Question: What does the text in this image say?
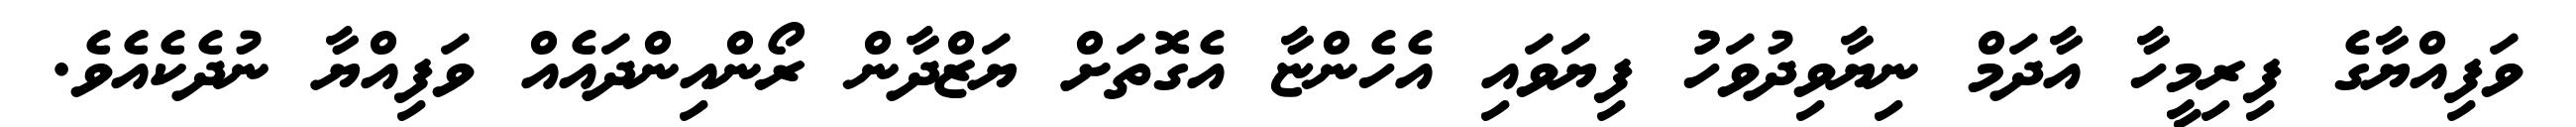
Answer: ވަފިއްޔާގެ ފިރިމީހާ އާދަމް ނިޔާވިދުވަހުު ފިޔަވައި އެހެންޏާ އެގޮތަށް ޔަޒްދާން ރޯންއިންދައެއް ވަފިއްޔާ ނުދެކެއެވެ.